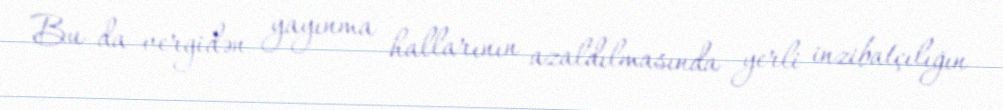
Bu da vergidən yayınma hallarının azaldılmasında yerli inzibatçılığın